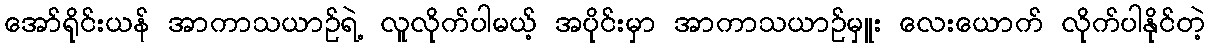
အော်ရိုင်းယန် အာကာသယာဉ်ရဲ့ လူလိုက်ပါမယ့် အပိုင်းမှာ အာကာသယာဉ်မှူး လေးယောက် လိုက်ပါနိုင်တဲ့